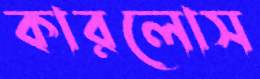
কারলোস